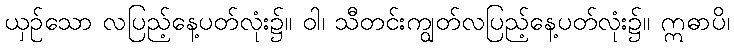
ယှဉ်သော လပြည့်နေ့ပတ်လုံး၌။ ဝါ၊ သီတင်းကျွတ်လပြည့်နေ့ပတ်လုံး၌။ ဣဓာပိ၊